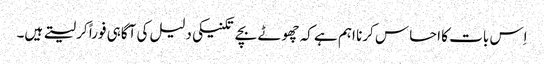
اِس بات کا احساس کرنا اہم ہے کہ چھوٹے بچے تکنیکی دلیل کی آگاہی فوراً کر لیتے ہیں۔